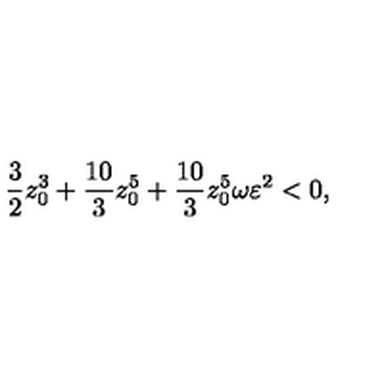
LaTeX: { \frac { 3 } { 2 } } z _ { 0 } ^ { 3 } + { \frac { 1 0 } { 3 } } z _ { 0 } ^ { 5 } + { \frac { 1 0 } { 3 } } z _ { 0 } ^ { 5 } \omega \varepsilon ^ { 2 } < 0 ,